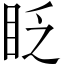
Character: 眨